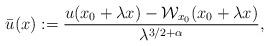
LaTeX: \begin{align*}\bar{u}(x):= \frac{u(x_0+ \lambda x)- \mathcal{W}_{x_0}(x_0+\lambda x)}{\lambda^{3/2 + \alpha}},\end{align*}